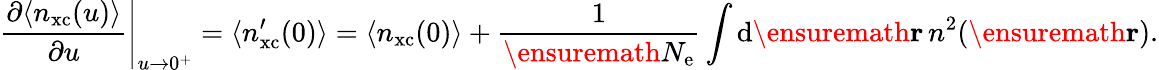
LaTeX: \left.\frac{\partial\langle n_{\mathrm{xc}}(u)\rangle}{\partial u}\right\vert_{u\rightarrow 0^{+}}=\langle n_{\mathrm{xc}}^{\prime}(0)\rangle=\langle n_{\mathrm{xc}}(0)\rangle+\frac{1}{\ensuremath{N_{\mathrm{e}}}}\int\mathrm{d}\ensuremath{\mathbf{r}}\, n^{2}(\ensuremath{\mathbf{r}}).